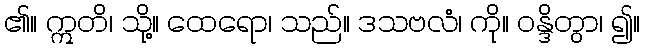
၏။ ဣတိ၊ သို့။ ထေရော၊ သည်။ ဒသဗလံ၊ ကို။ ဝန္ဒိတွာ၊ ၍။